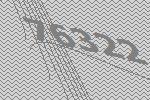
76322